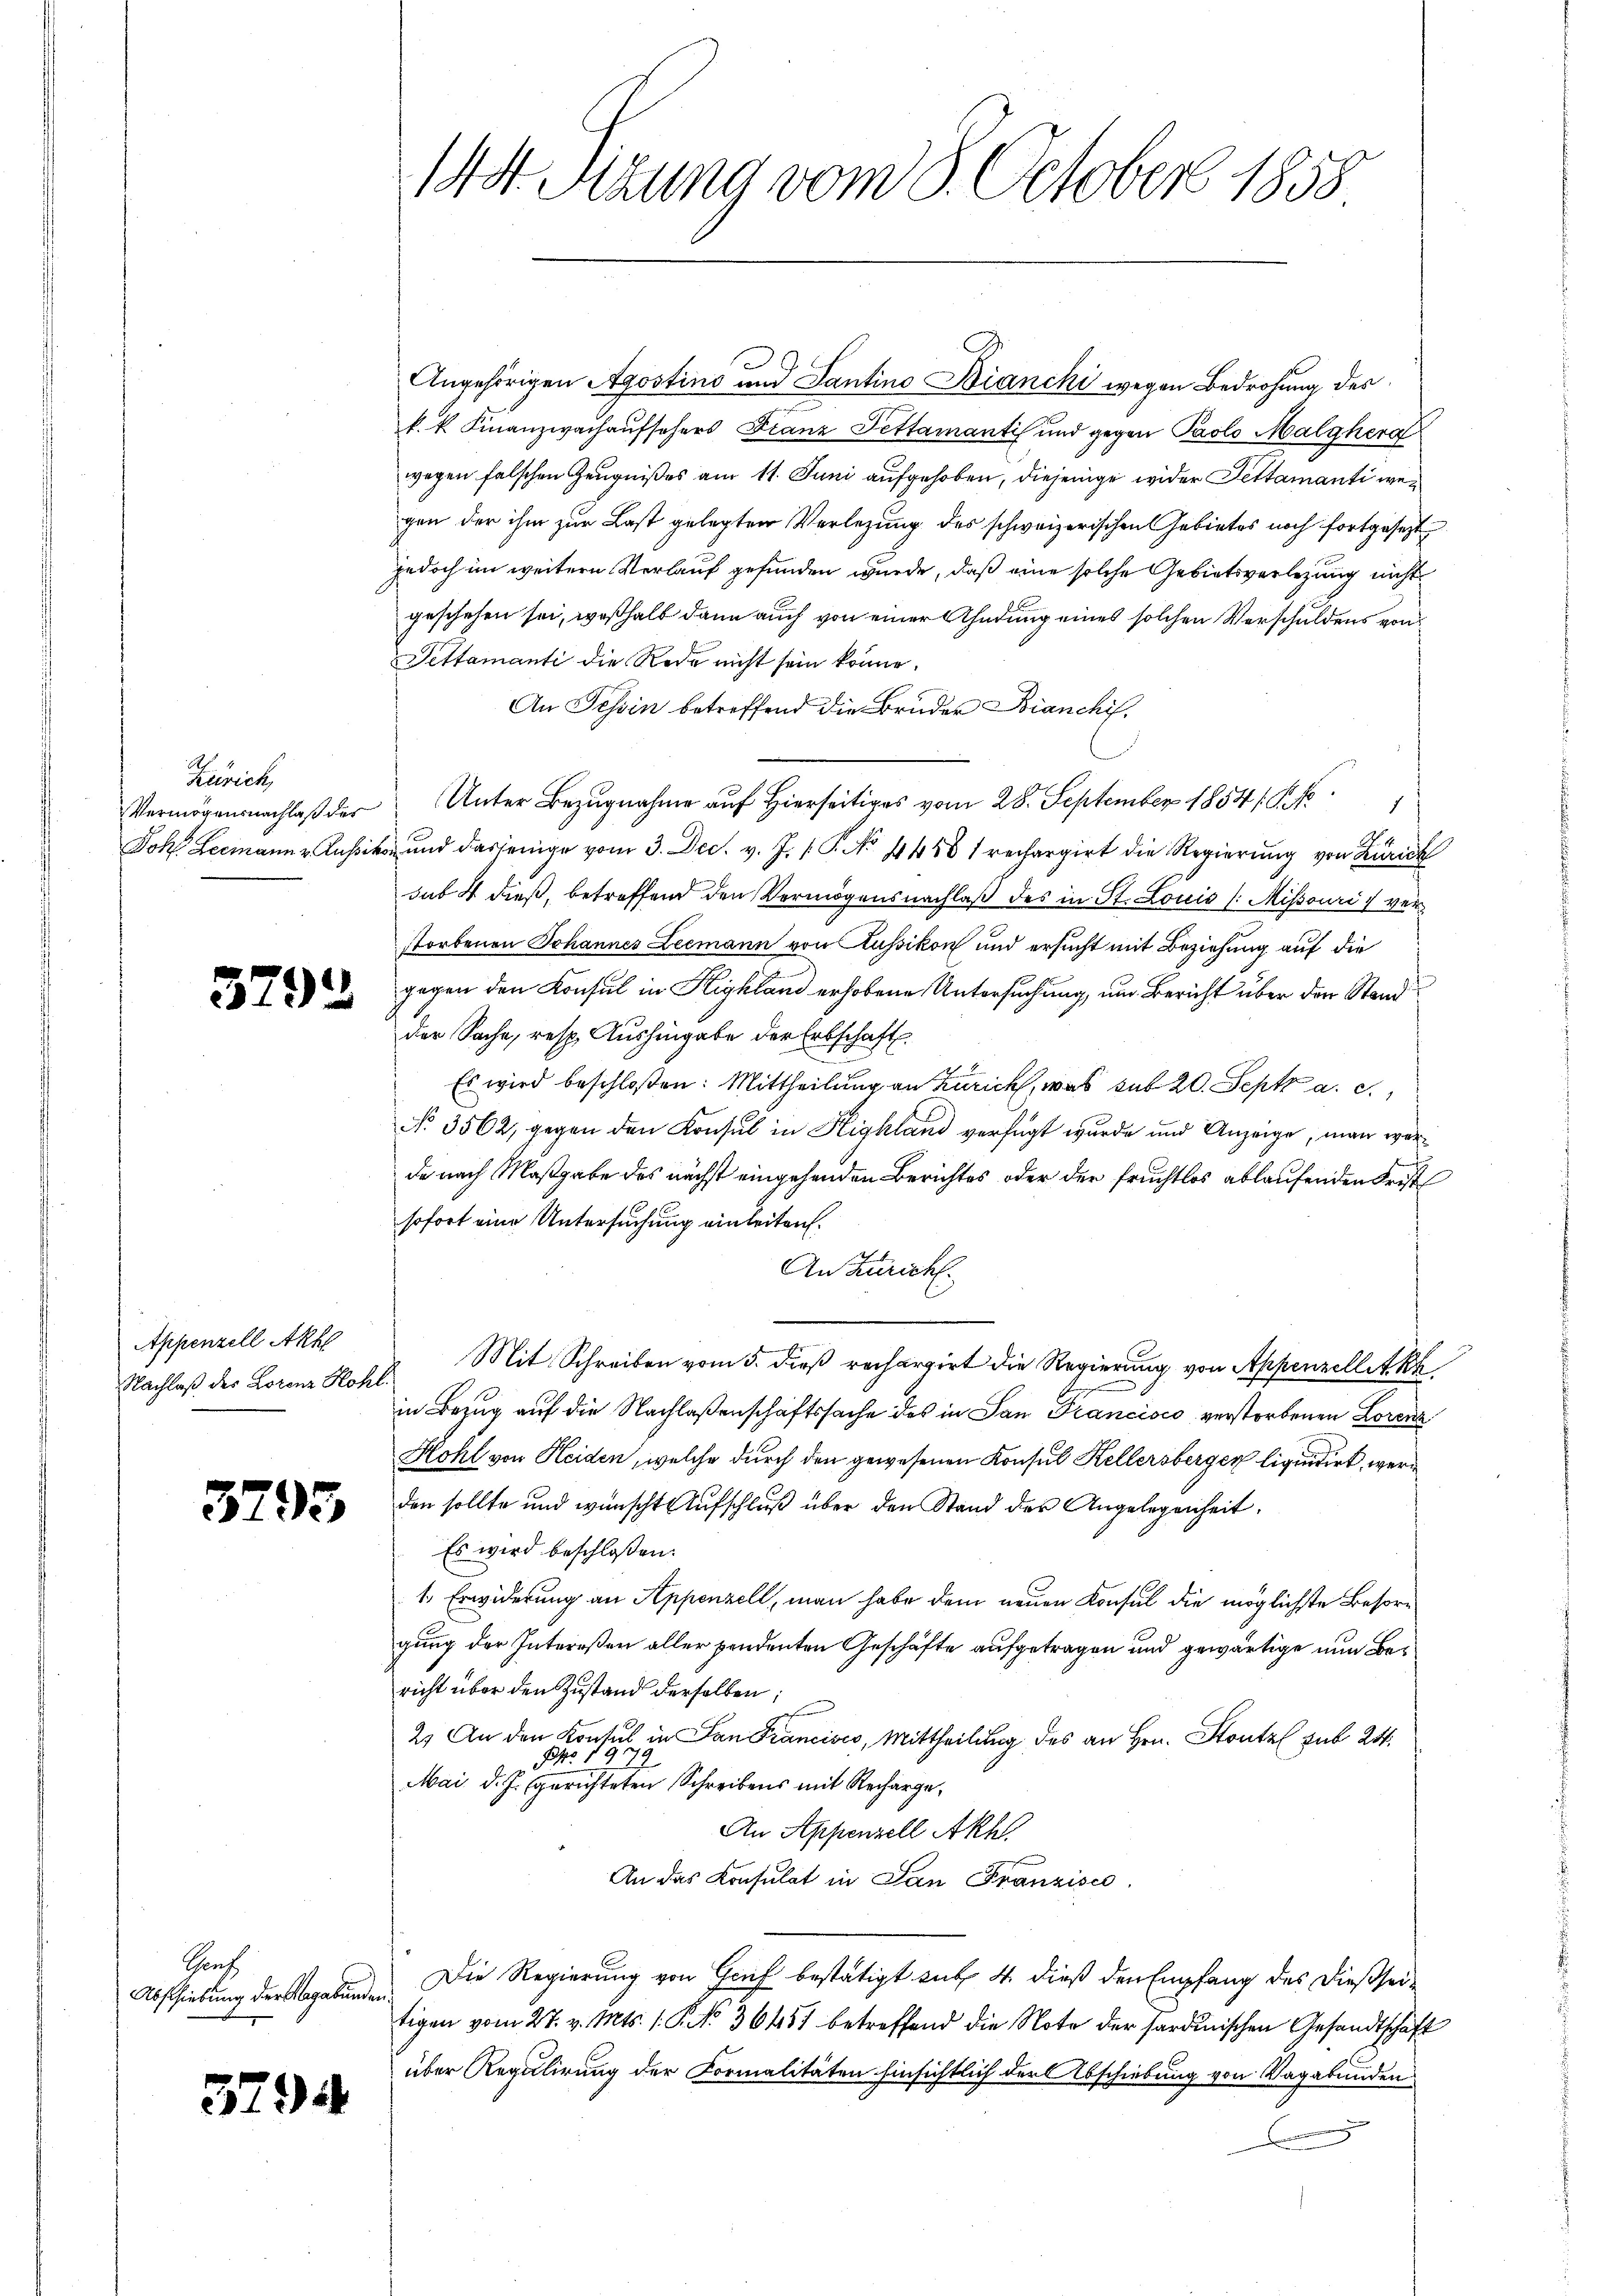
Zürich,

3792

Appenzell Akh
Nachlaß der Lorenz Kohl¬

3793

Sont
Abschiebung der Abgabunden.

3794

144. Sizung vom 8. October 1858

e
Angehörigen Agostins und Santino Bianchi wegen Bedrohung des
k. k. Finanzwachaufsehers Franz Pettamanti und gegen Paolo Malgherd
wegen falschen Zeugnißes am 11. Juni aufgehoben, diejenige wider Fettamanti wegen der ihm zur Last gelegten Verlegung des schweizerischen Gebietes noch fortgesetzt
jedoch im weitere Verlauf gefunden wurde, daß eine solche Gebietsverlegung nicht
geschehen sei, weßhalb dann auch von einer Ahndung eines solchen Verschuldens von
Pettamanti die Rede nicht sein könne.
An Tessin betreffend die Bruder Bianchif¬
Vermögensnachlaβ der Unter Bezugnahme auf Hierseitiges vom 28. September 1854 f
Joh. Leemann u. Aussikon und dasjenige vom 3. Dec. v. J. P. No. 4488 1 rechargirt die Regierung von Zürich
sub. 4 dieß, betreffend den Vermögensnachlaß des in St. Louis /: Missouris verstorbenen Johannes Leemann von Kussikon und ersucht mit Beziehung auf die
gegen den Konsul in Highland erhobene Untersuchung, um Bericht über den Stand
der Sache, resp. Aushingabe der Erbschaft
Es wird beschloßen: Mittheilung an Zürich, was sub 20. Sept a. c.,
No 3562, gegen den Konsul in Highland verfügt wurde und Anzeige, man worde nach Maßgabe des nächst eingehenden Berichtes oder der Fruchtlos ablaufenden Frist
sofort eine Untersuchung einleiten.
An Zürich.
Mit Schreiben vom 5. dieß rechargirt die Regierung von Appenzelletkh
in Bezug auf die Nachlaßenschaftssache des in San Francisco verstorbenen Lorenz
Hohl von Heiden, welche durch den gewesenen Konsul Kellersberger liquidirt, werden sollte und wünscht Aufschluß über den Stand der Angelegenheit.
Es wird beschloßen:
1. Erwiderung an Appenzell, man habe dem neuen Konsul die möglichste Besorggung der Intereßen aller pendenten Geschäfte aufgetragen und gewärtige nun Bericht über den Zustand derselben;
2. An den Konsul in San Francisco, Mittheilung des an Hrn. So sub 24.
NNo. 197.
Mai d. J. gerichteten Schreibens mit Recharge¬
An Appenzell Akhl.
An das Konsulat in San Franzisco
Die Regierung von Gruf bestätigt sub. 4. dieß den Empfang des dießseitigen vom 27. v. Mts. 1. P. No. 36451 betreffend die Note der sardinischen Gesandtschaft
über Regulirung der Formalitäten hinsichtlich der Abschiebung von Vagabunden